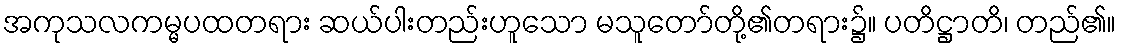
အကုသလကမ္မပထတရား ဆယ်ပါးတည်းဟူသော မသူတော်တို့၏တရား၌။ ပတိဋ္ဌာတိ၊ တည်၏။